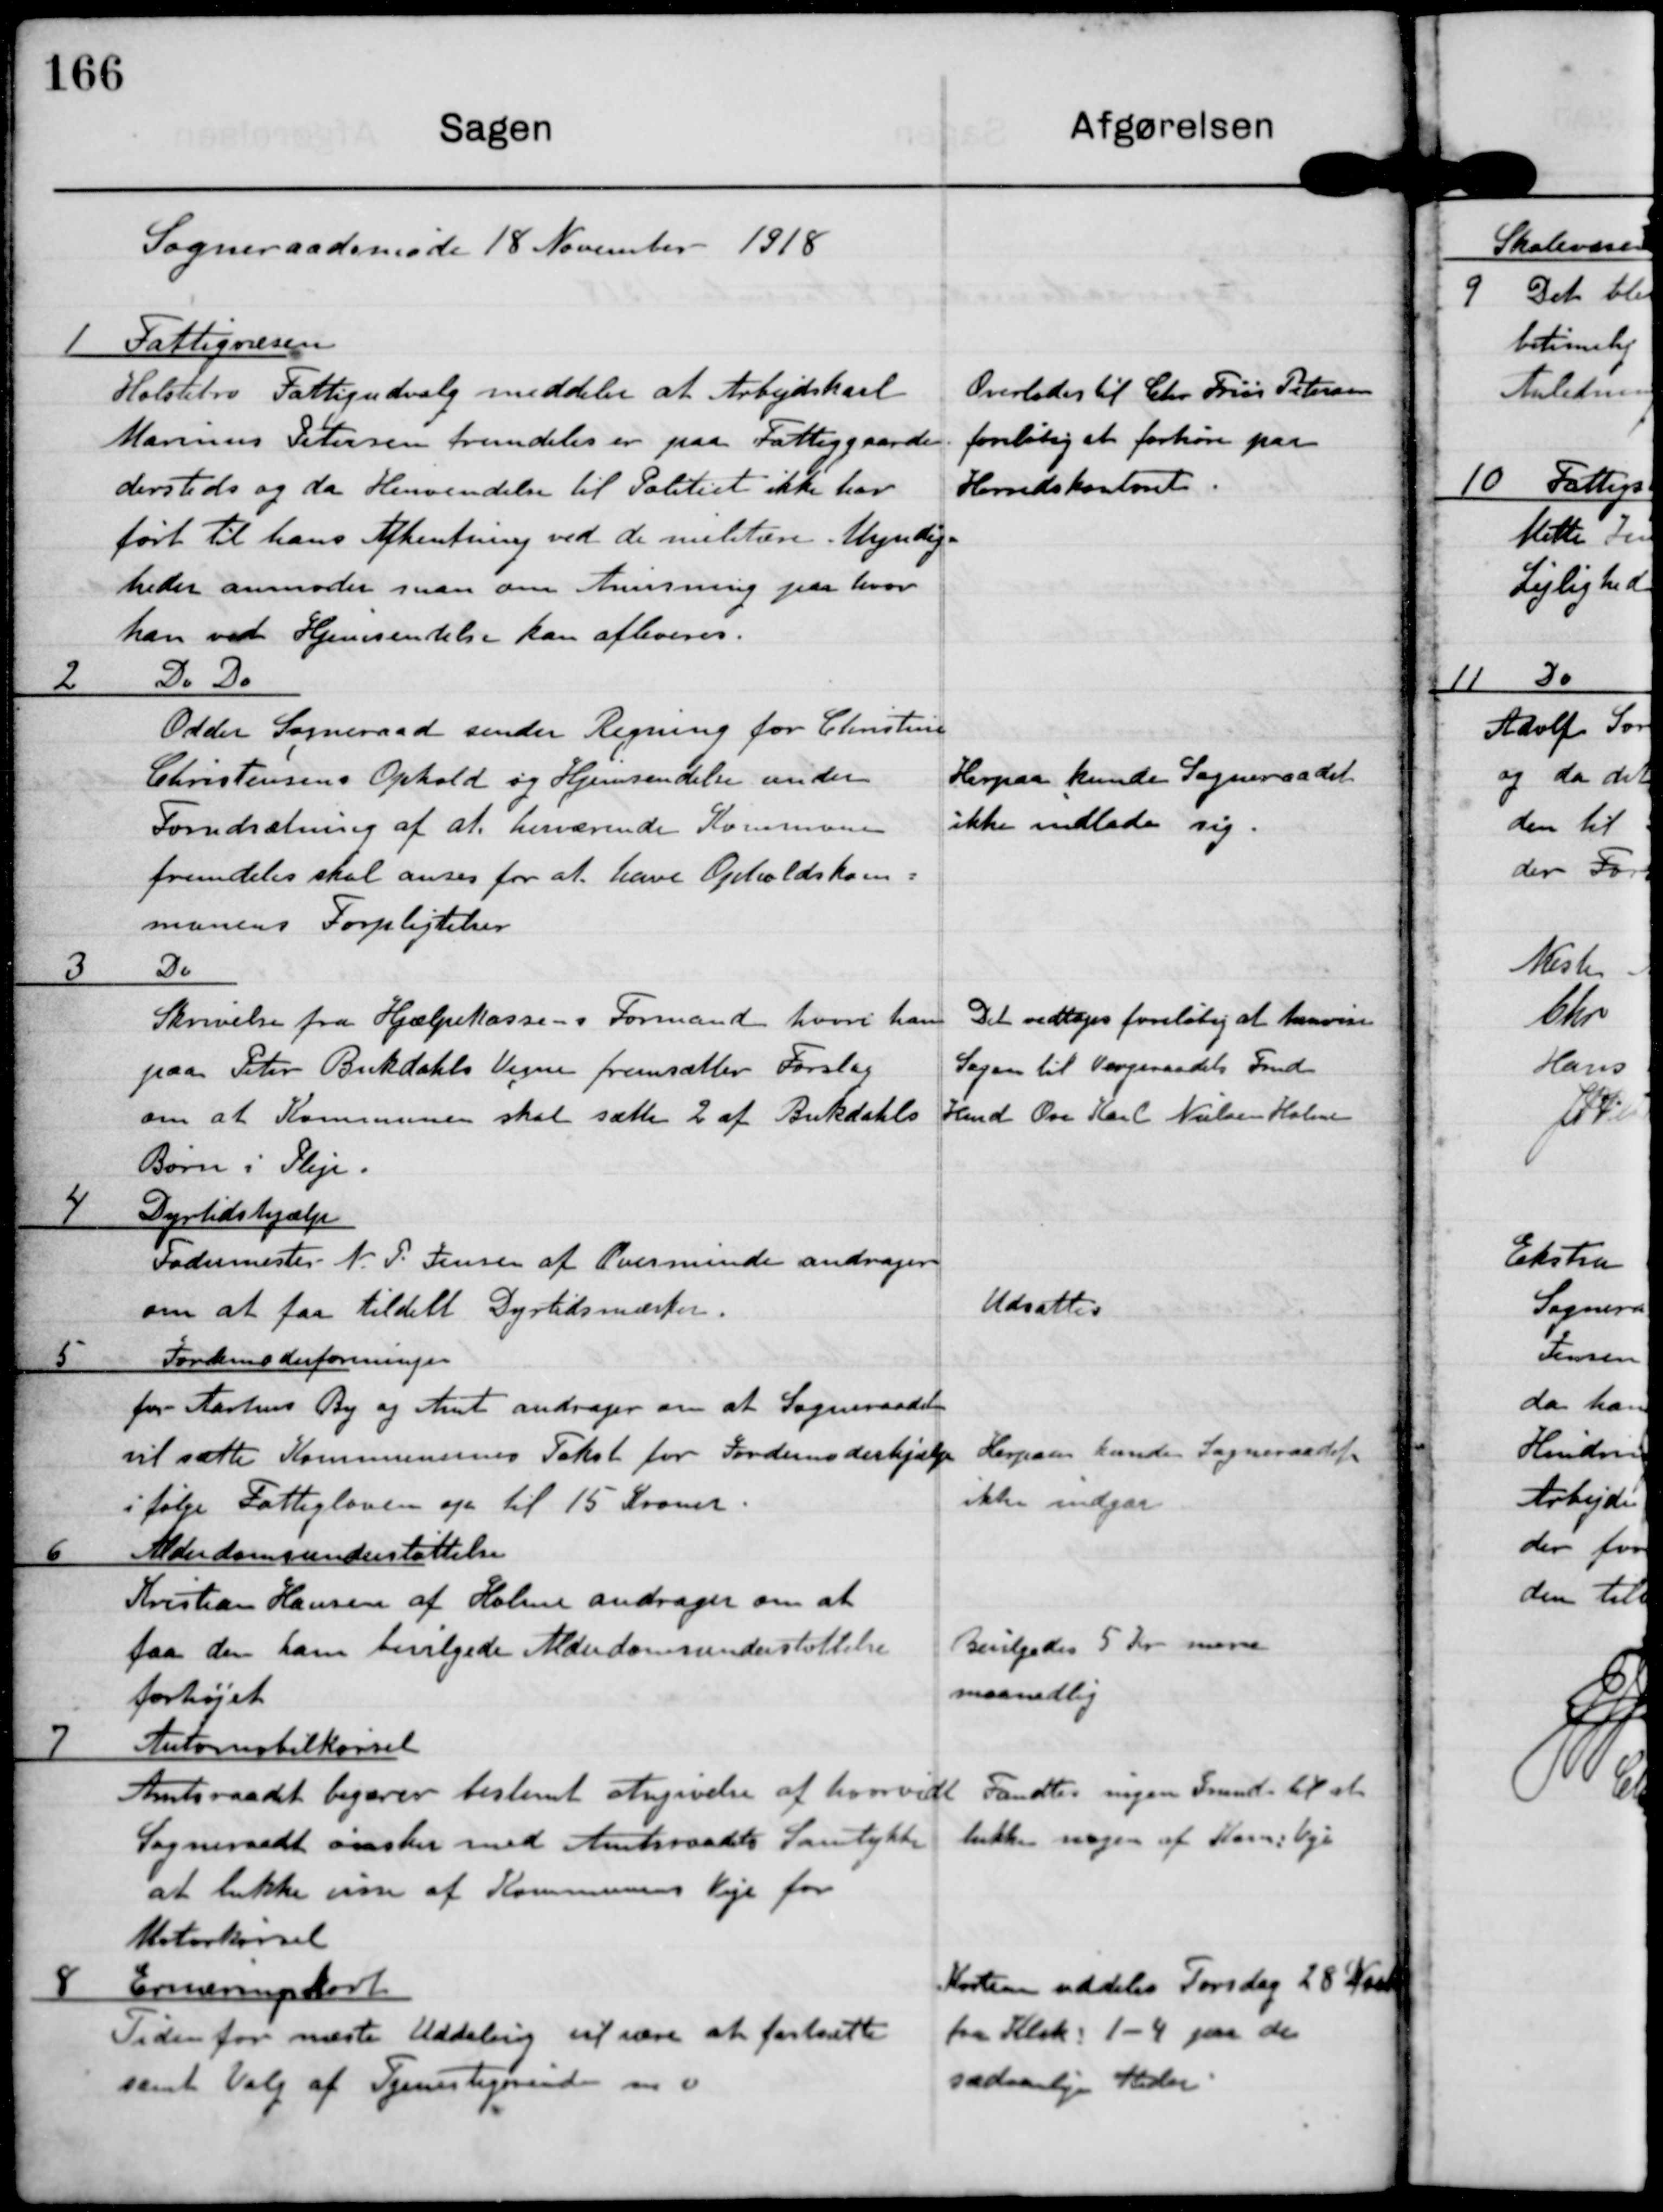
Transskription:
Sogneraadsmøde 18 November 1918

1 Fattigvæsen
Holstebro Fattigudvalg meddeler at Arbejskarl
Marius Petersen fremdeles er paa Fattiggaarden
dersteds og da Henvendelse til Politiet ikke har
ført til hans Afhentning ved de militære Myndig-
heder anmoder man om Anvisning paa hvor
han ved Hjemsendelse kan afleveres.

Overlades til Chr. Friis Petersen
foreløbig at forhøre paa
Herredskontoret

2 Do Do
Odder Sogneraad sender Regning for Christine
Christensens Ophold og Hjemsendelse under
Forudsætning af at herværende Kommune
fremdeles skal anses for at have Opholdskom-
munens forpligtelser.

Herpaa kunde Sogneraadet
ikke indlade sig.

3 Do
Skrivelse fra Hjælpekassens Formand hvori han
paa Peter Bukdahls Vegne fremsætter Forslag
om at Kommunen skal sætte 2 af Bukdahls
Børn i Pleje.

Det vedtoges foreløbig at henvise
Sagen til Værgeraadets Fmd.
Knud Ove Karl Nielsen Holme

4 Dyrtidshjælp
Fodermester N P jensen af Ovesminde andrager
om at faa tildelt Dyrtidsmærker.

Udsattes

5 Jordemoderforeningen
for Aarhus By og Amt andrager om at Sogneraadet
vil sætte Kommunens Takst for Jordemoderhjælp
ifølge Fattigloven op til 15 Kroner.

Herpaa kunde Sogneraadet
ikke indgaa

6 Alderdomsunderstøttelse
Kristian Hansen af Holme andrager om at
faa den ham bevilgede Alderdomsunderstøttelse
forhøjet

Bevilgedes 5 Kr mere
maanedlig

7 Automobilkørsel
Amtsraadet begærer bestemt Angivelse af hvorvidt
Sogneraadet ønsker med Amtsraadets Samtykke
at lukke visse af Kommunens Veje for
Motorkørsel

Fandtes ingen Grund til at
lukke nogen af Komm. Veje

8 Erneringskort
Tiden for næste Uddeling vil være at fortsætte
samt Valg af Tjenestegørende m v.

Kortene uddeles Torsdag 28 Novb
fra Klok. 1-4 paa de
sædvanlige Steder